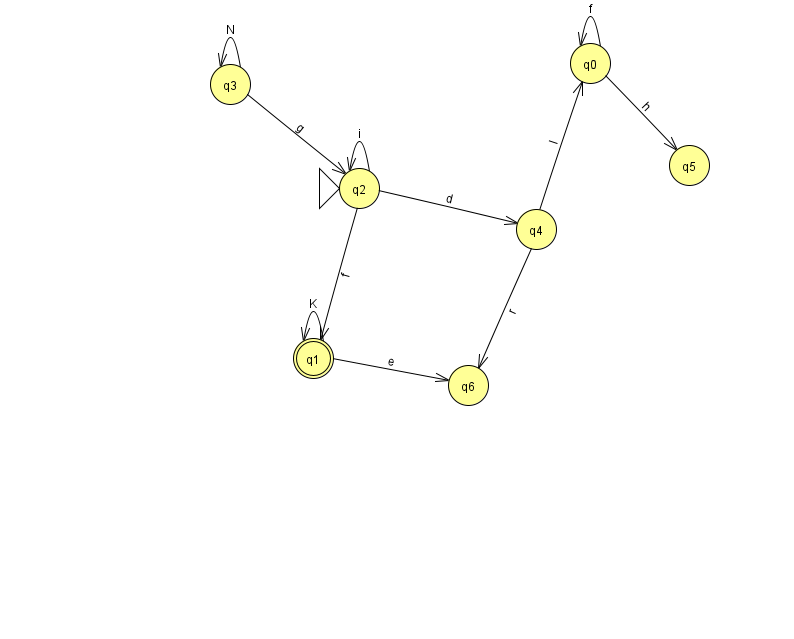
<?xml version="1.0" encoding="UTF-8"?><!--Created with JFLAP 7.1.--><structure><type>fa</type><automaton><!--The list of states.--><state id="0" name="q0"><x>590.0</x><y>50.0</y></state><state id="1" name="q1"><x>313.0</x><y>345.0</y><final/></state><state id="2" name="q2"><x>359.0</x><y>175.0</y><initial/></state><state id="3" name="q3"><x>230.0</x><y>71.0</y></state><state id="4" name="q4"><x>536.0</x><y>216.0</y></state><state id="5" name="q5"><x>689.0</x><y>152.0</y></state><state id="6" name="q6"><x>468.0</x><y>372.0</y></state><!--The list of transitions.--><transition><from>0</from><to>5</to><read>h</read></transition><transition><from>3</from><to>2</to><read>g</read></transition><transition><from>4</from><to>0</to><read>I</read></transition><transition><from>0</from><to>0</to><read>f</read></transition><transition><from>1</from><to>6</to><read>e</read></transition><transition><from>2</from><to>2</to><read>i</read></transition><transition><from>2</from><to>4</to><read>d</read></transition><transition><from>4</from><to>6</to><read>r</read></transition><transition><from>1</from><to>1</to><read>K</read></transition><transition><from>2</from><to>1</to><read>f</read></transition><transition><from>3</from><to>3</to><read>N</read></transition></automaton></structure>